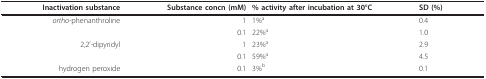
<table><thead><tr><td><b>Inactivation substance</b></td><td><b>Substance concn (mM)</b></td><td><b>% activity after incubation at 30°C</b></td><td><b>SD (%)</b></td></tr></thead><tbody><tr><td><i>ortho</i>-phenanthroline</td><td>1</td><td>1%<sup>a</sup></td><td>0.4</td></tr><tr><td></td><td>0.1</td><td>22%<sup>a</sup></td><td>1.0</td></tr><tr><td>2,2&#x27;-dipyridyl</td><td>1</td><td>23%<sup>a</sup></td><td>2.9</td></tr><tr><td></td><td>0.1</td><td>59%<sup>a</sup></td><td>4.5</td></tr><tr><td>hydrogen peroxide</td><td>0.1</td><td>3%<sup>b</sup></td><td>0.1</td></tr></tbody></table>